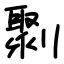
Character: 㔌